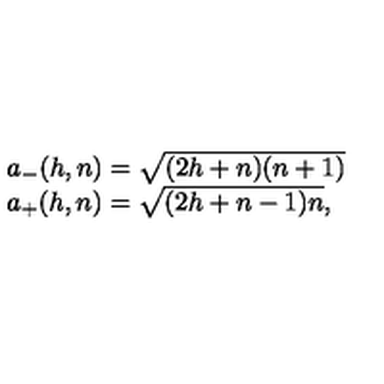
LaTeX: \begin{array} { l c r } { a _ { - } ( h , n ) = \sqrt { ( 2 h + n ) ( n + 1 ) } } \\ { a _ { + } ( h , n ) = \sqrt { ( 2 h + n - 1 ) n } , } \\ \end{array}